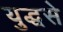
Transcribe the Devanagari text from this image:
युद्धसे